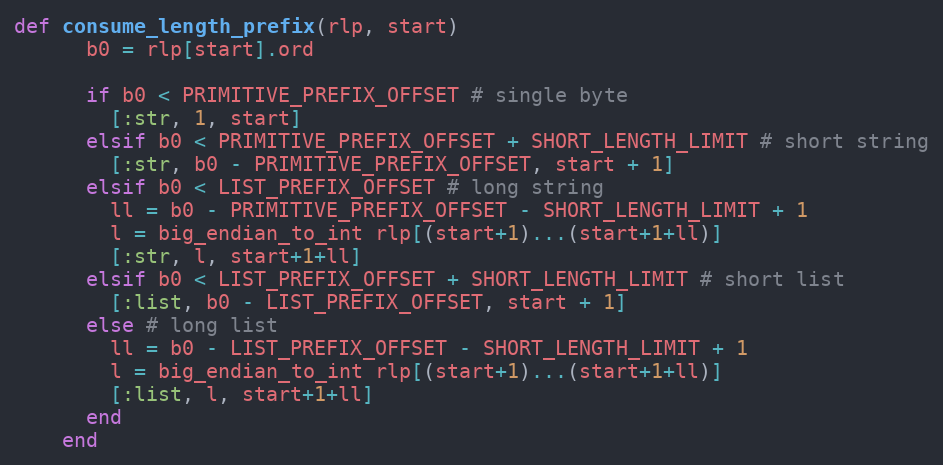
Language: Ruby
def consume_length_prefix(rlp, start)
      b0 = rlp[start].ord

      if b0 < PRIMITIVE_PREFIX_OFFSET # single byte
        [:str, 1, start]
      elsif b0 < PRIMITIVE_PREFIX_OFFSET + SHORT_LENGTH_LIMIT # short string
        [:str, b0 - PRIMITIVE_PREFIX_OFFSET, start + 1]
      elsif b0 < LIST_PREFIX_OFFSET # long string
        ll = b0 - PRIMITIVE_PREFIX_OFFSET - SHORT_LENGTH_LIMIT + 1
        l = big_endian_to_int rlp[(start+1)...(start+1+ll)]
        [:str, l, start+1+ll]
      elsif b0 < LIST_PREFIX_OFFSET + SHORT_LENGTH_LIMIT # short list
        [:list, b0 - LIST_PREFIX_OFFSET, start + 1]
      else # long list
        ll = b0 - LIST_PREFIX_OFFSET - SHORT_LENGTH_LIMIT + 1
        l = big_endian_to_int rlp[(start+1)...(start+1+ll)]
        [:list, l, start+1+ll]
      end
    end